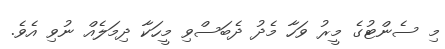
މި ސެންޓުގެ މީރު ވަހާ މެދު ދެބަސްވި މީހަކާ ދިމަލެއް ނުވި އެވެ.